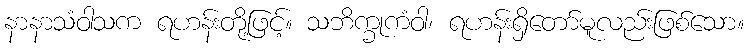
နာနာသံဝါသက ရဟန်းတို့ဖြင့်။ သဘိက္ခုကံဝါ၊ ရဟန်းရှိတော်မူလည်းဖြစ်သော။